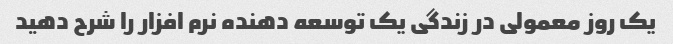
یک روز معمولی در زندگی یک توسعه دهنده نرم افزار را شرح دهید